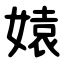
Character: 媴